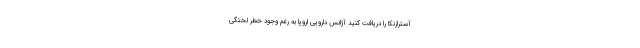
آسترازنکا را دریافت کنید آژانس دارویی اروپا به رغم وجود خطر لختگی